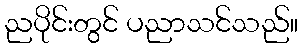
ညပိုင်းတွင် ပညာသင်သည်။